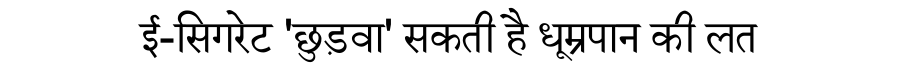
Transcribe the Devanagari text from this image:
ई-सिगरेट 'छुड़वा' सकती है धूम्रपान की लत